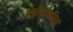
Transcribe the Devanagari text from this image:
प्रयोगकामिता